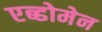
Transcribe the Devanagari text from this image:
एब्डोमेन